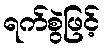
ရက်စွဲဖြင့်